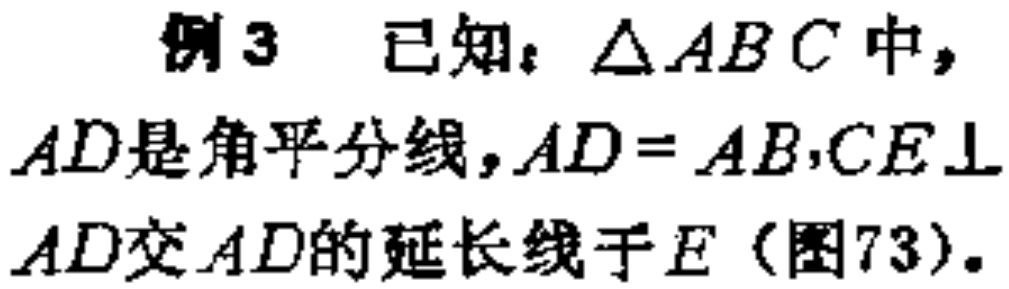
例3 已知：$\triangle ABC$中，

$AD$是角平分线，$AD = AB$，$CE\perp$

$AD$交$AD$的延长线于$E$（图73）。